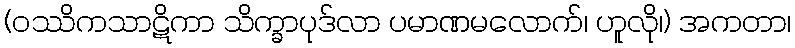
(ဝဿိကသာဋိကာ သိက္ခာပုဒ်လာ ပမာဏမလောက်၊ ဟူလို၊) အကတာ၊